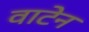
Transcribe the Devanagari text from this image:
वाटेन